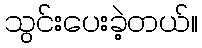
သွင်းပေးခဲ့တယ်။